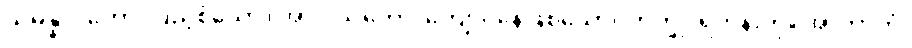
သမန္နာဂတော၊ ပြည့်စုံသော။ အာဝါသိကော၊ ကျောင်နေဖြစ်သော။ ဘိက္ခု၊ ရဟန်းကို။ အာဘာတံ၊